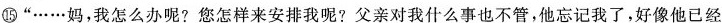
⑮”……妈，我怎么办呢?您怎样来安排我呢?父亲对我什么事也不管，他忘记我了，好像他已经